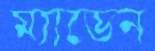
ম্যাডেন